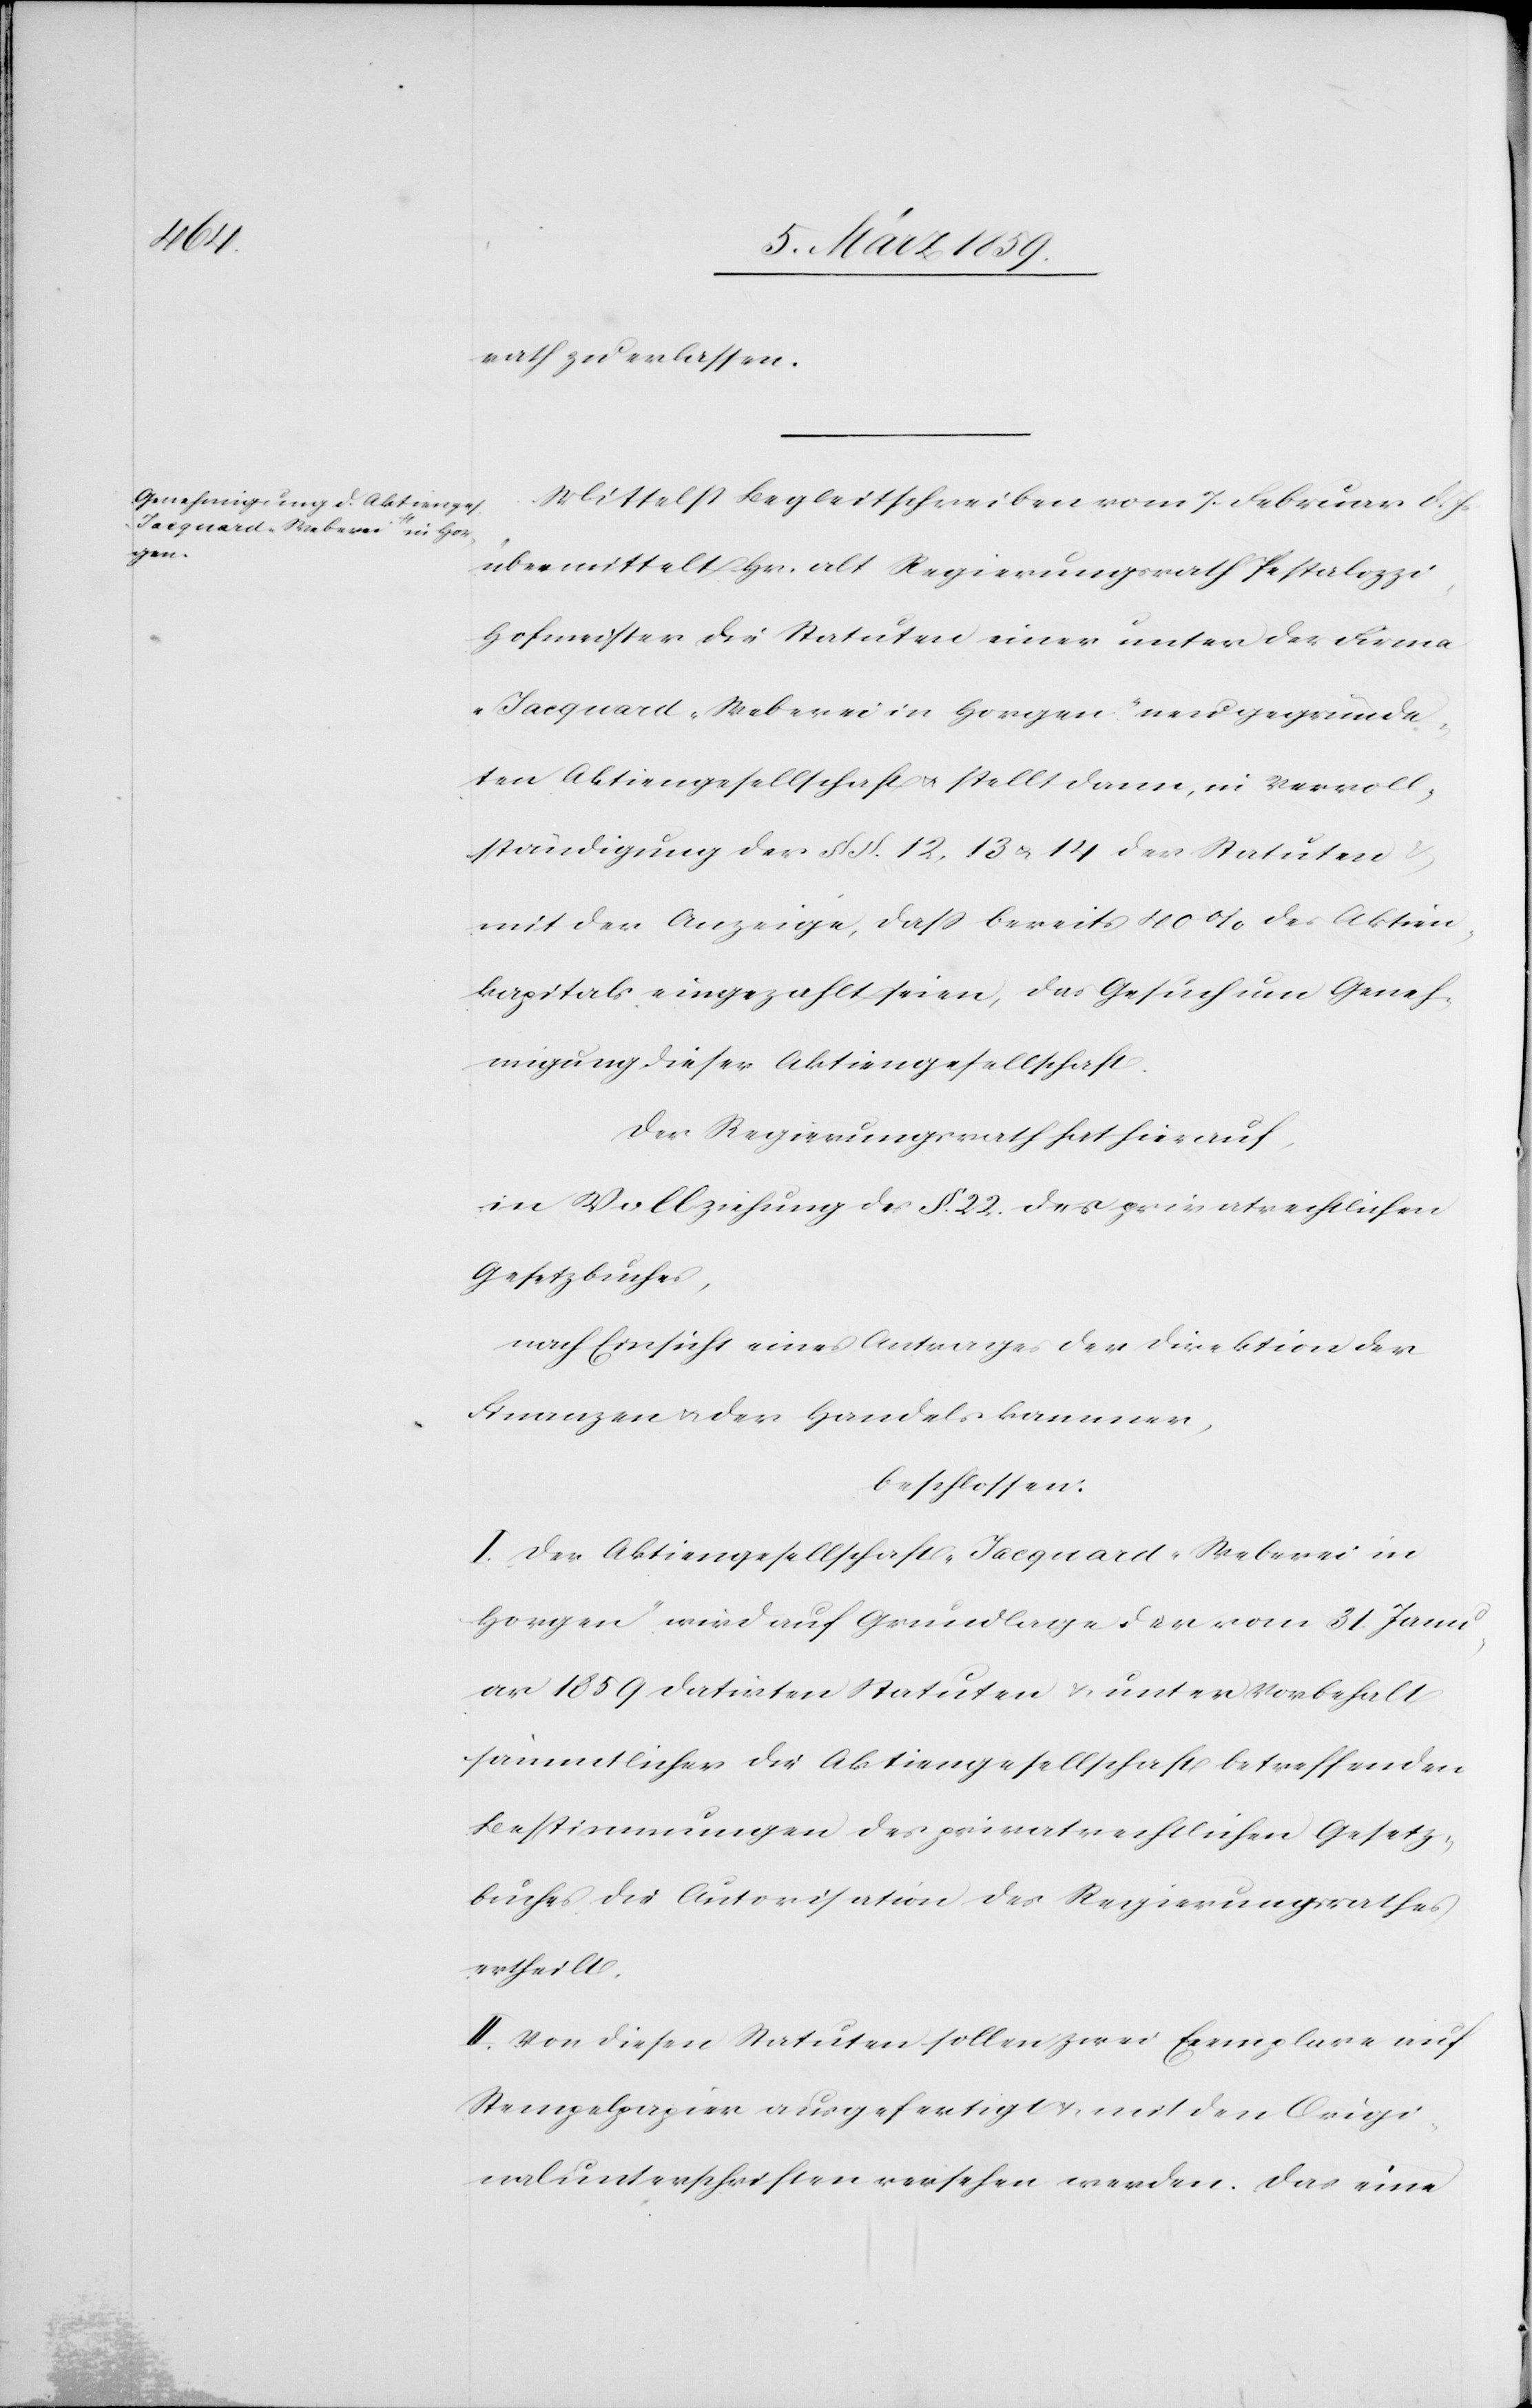
rath zu erlassen.
Mittelst Begleitschreiben vom 7. Februar d. Js
übermittelt Hr. alt Regierungsrath Pestalozz¬
i-Hofmeister die Statuten einer unter der Firma
„Jacquard-Weberei in Horgen“ neu gegründe¬
ten Aktiengesellschaft u. stellt dann, in Vervoll¬
ständigung der § §. 12, 13 u. 14 der Statuten
mit der Anzeige, daß bereits 40 % des Aktien¬
kapitals eingezahlt seien, das Gesuch um Geneh¬
migung dieser Aktiengesellschaft.
Der Regierungsrath hat hierauf,
in Vollziehung des §. 22. des privatrechtlichen
Gesetzbuches,
nach Einsicht eines Antrages der Direktion der
Finanzen u. der Handelskammer,
beschlossen:
I. Der Aktiengesellschaft „Jacquard-Weberei in
Horgen“ wird auf Grundlage der vom 31. Janu¬
ar 1859 datirten Statuten & unter Vorbehalt
sämmtlicher die Aktiengesellschaft betreffenden
Bestimmungen des privatrechtlichen Gesetz¬
buches die Autorisation des Regierungsrathes
ertheilt.
II. Von diesen Statuten sollen zwei Exemplare auf
Stempelpapier ausgefertigt u. mit den Origi¬
nalunterschriften versehen werden. Das eine